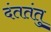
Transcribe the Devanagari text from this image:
दंततंतु